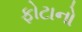
ફોટાનો